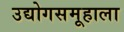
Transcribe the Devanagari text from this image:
उद्योगसमूहाला